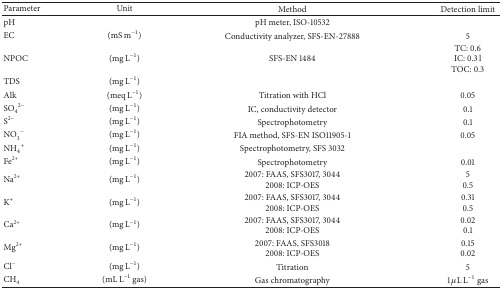
| Parameter | Unit | Method | Detection limit |
 | --- | --- | --- | --- |
 | pH |  | pH meter, ISO-10532 |  |
 | EC | (mS m−1) | Conductivity analyzer, SFS-EN-27888 | 5 |
 | NPOC | (mg L−1) | SFS-EN 1484 | TC: 0.6 IC: 0.3 lTOC: 0.3 |
 | TDS | (mg L−1) |  |  |
 | Alk | (meq L−1) | Titration with HCl | 0.05 |
 | SO42− | (mg L−1) | IC, conductivity detector | 0.1 |
 | S2− | (mg L−1) | Spectrophotometry | 0.1 |
 | NO3− | (mg L−1) | FIA method, SFS-EN ISO11905-1 | 0.05 |
 | NH4+ | (mg L−1) | Spectrophotometry, SFS 3032 |  |
 | Fe2+ | (mg L−1) | Spectrophotometry | 0.01 |
 | Na2+ | (mg L−1) | 2007: FAAS, SFS3017, 30442008: ICP-OES | 5 0.5 |
 | K+ | (mg L−1) | 2007: FAAS, SFS3017, 30442008: ICP-OES | 0.31 0.5 |
 | Ca2+ | (mg L−1) | 2007: FAAS, SFS3017, 30442008: ICP-OES | 0.02 0.1 |
 | Mg2+ | (mg L−1) | 2007: FAAS, SFS30182008: ICP-OES | 0.15 0.02 |
 | Cl− | (mg L−1) | Titration | 5 |
 | CH4 | (mL L−1 gas) | Gas chromatography | 1 μL L−1 gas |